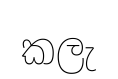
කලැ